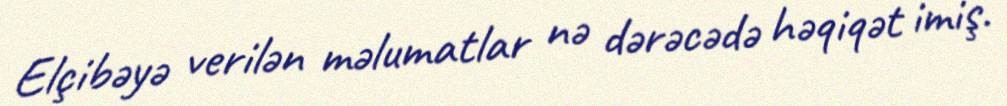
Elçibəyə verilən məlumatlar nə dərəcədə həqiqət imiş.